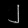
Digit: ၂